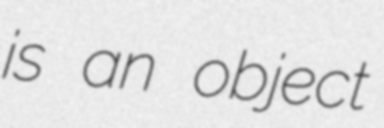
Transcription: is an object